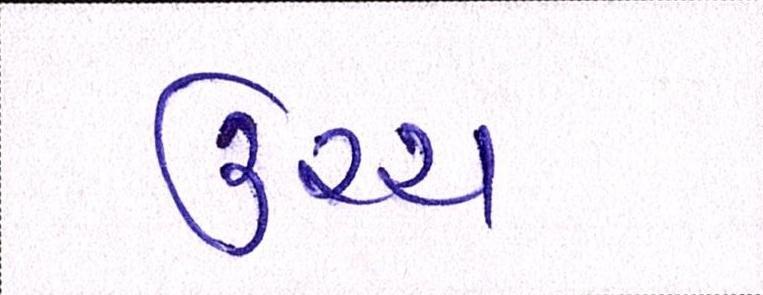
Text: ઉચ્ચ